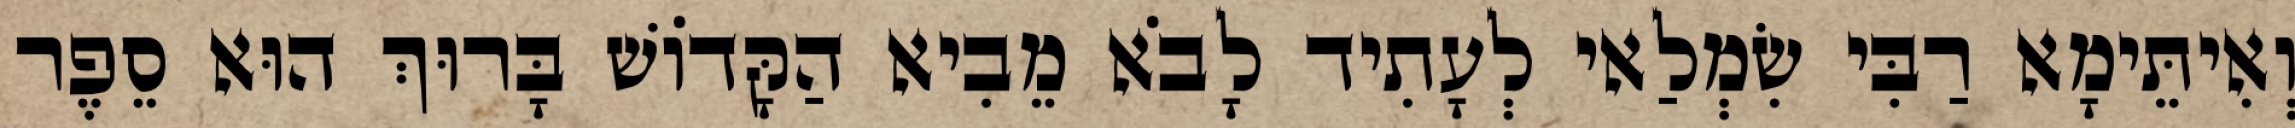
וְאִיתֵּימָא רַבִּי שִׂמְלַאי לְעָתִיד לָבֹא מֵבִיא הַקָּדוֹשׁ בָּרוּךְ הוּא סֵפֶר